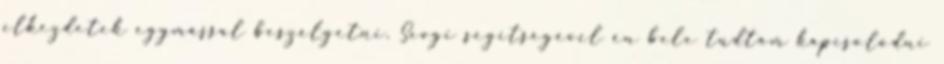
elkezdetek egymással beszélgetni. Sevgi segítségével én bele tudtam kapcsolódni